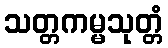
သတ္တကမ္မသုတ္တံ